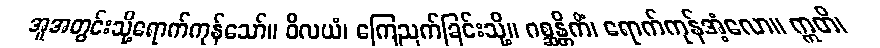
အူအတွင်းသို့ရောက်ကုန်သော်။ ဝိလယံ၊ ကြေညက်ခြင်းသို့။ ဂစ္ဆန္တိကိံ၊ ရောက်ကုန်အံ့လော။ ဣတိ၊